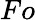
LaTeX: Fo